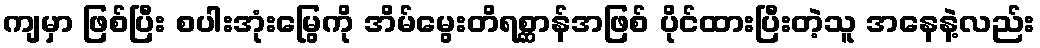
ကျမှာ ဖြစ်ပြီး စပါးအုံးမြွေကို အိမ်မွေးတိရစ္ဆာန်အဖြစ် ပိုင်ထားပြီးတဲ့သူ အနေနဲ့လည်း